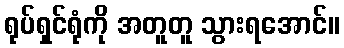
ရုပ်ရှင်ရုံကို အတူတူ သွားရအောင်။